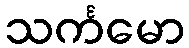
သင်္ကမော